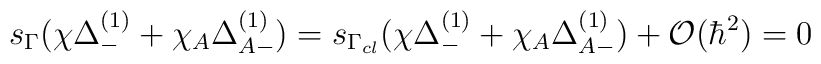
s_{\Gamma} (\chi \Delta_-^{(1)} + \chi_A \Delta_{A -}^{(1)} ) =  s_{\Gamma_{cl}} (\chi \Delta_-^{(1)} + \chi_A \Delta_{A -}^{(1)} ) + {\cal O} (\hbar^2 ) = 0